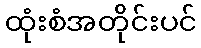
ထုံးစံအတိုင်းပင်